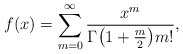
\begin{align*} f(x) = \sum_{m=0}^\infty \frac{x^m}{\Gamma \bigl(1 + \frac{m}{2}\bigr) m!}, \end{align*}